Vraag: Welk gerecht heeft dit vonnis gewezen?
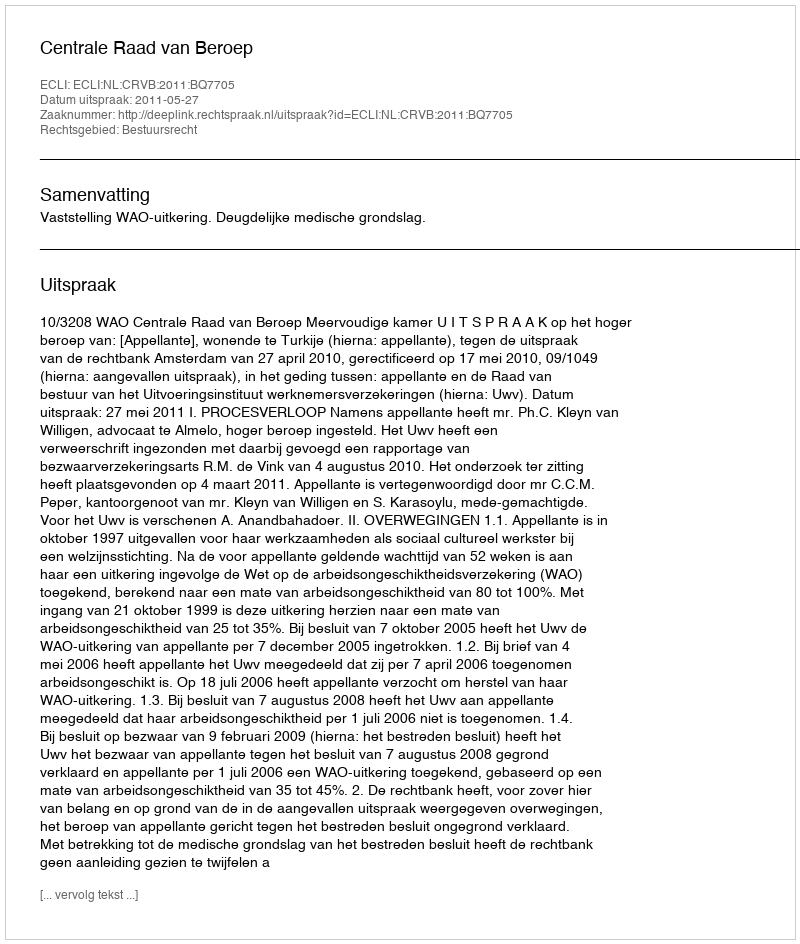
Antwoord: Centrale Raad van Beroep